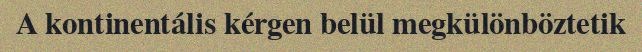
A kontinentális kérgen belül megkülönböztetik